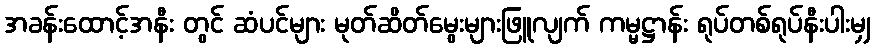
အခန်းထောင့်အနီး တွင် ဆံပင်များ မုတ်ဆိတ်မွေးများဖြူလျက် ကမ္မဋ္ဌာန်း ရုပ်တစ်ရုပ်နီးပါးမျှ